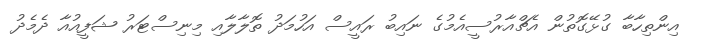
އިންތިހާބާ ގުޅޭގޮތުން އެޗްއާރުސީއެމުގެ ނައިބު ރައީސް އަހުމަދު ތޮލާލާއި މިނިސްޓަރު ޝަފީއުއާ ދެމެދު